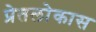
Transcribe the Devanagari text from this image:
प्रेतलोकास